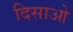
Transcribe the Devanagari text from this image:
दिसाओ